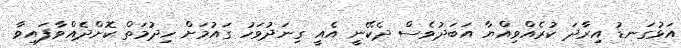
އަޅުގަނޑު އިރާދަ ކުރެއްވިއްޔާ އަބަދުވެސް ދެކޭނީ އެއީ ގިނަދުވަހު ގައުމަށް ހިދުމަތް ކޮށްދެއްވާފައިވާ